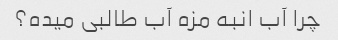
چرا آب انبه مزه آب طالبی میده؟